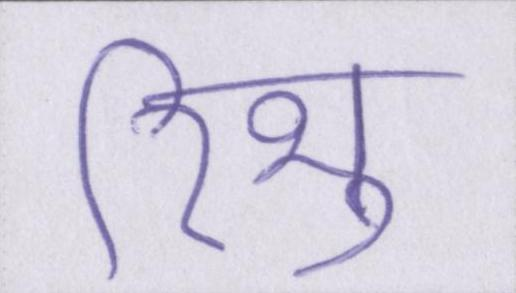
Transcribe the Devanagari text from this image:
रिभु